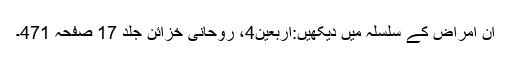
ان امراض کے سلسلہ میں دیکھیں:اربعین4، روحانی خزائن جلد 17 صفحہ 471۔